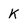
Character: K